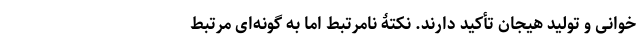
‌خوانی و تولید هیجان تأکید دارند. نکتۀ نامرتبط اما به گونه‌ای مرتبط